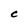
Character: c